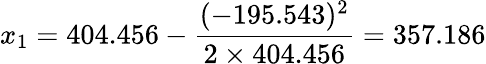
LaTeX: x_{1}=404.456-{\frac{(-195.543)^{2}}{2\times 404.456}}=357.186